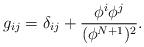
LaTeX: \begin{align*}g_{ij}=\delta_{ij}+\frac{\phi^i\phi^j}{(\phi^{N+1})^2}.\end{align*}